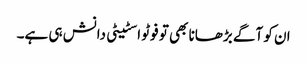
ان کو آگے بڑھانا بھی تو فوٹو اسٹیٹی دانش ہی ہے۔